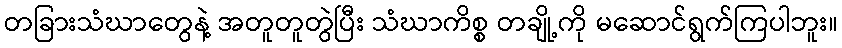
တခြားသံဃာတွေနဲ့ အတူတူတွဲပြီး သံဃာကိစ္စ တချို့ကို မဆောင်ရွက်ကြပါဘူး။